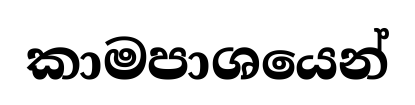
කාමපාශයෙන්